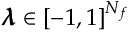
\pmb { \lambda } \in [ - 1 , 1 ] ^ { N _ { f } }